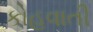
કોહવાતી